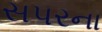
સપરના